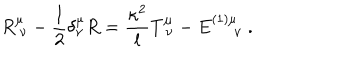
LaTeX: R _ { \ \nu } ^ { \mu } - { \frac { 1 } { 2 } } \delta _ { \nu } ^ { \mu } R = { \frac { \kappa ^ { 2 } } { l } } T _ { \ \nu } ^ { \mu } - E _ { \quad \ \nu } ^ { ( 1 ) \mu } \ .